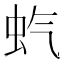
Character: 𫊨